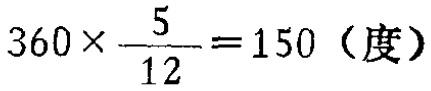
\(360\times\frac{5}{12}=150（度）\)